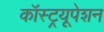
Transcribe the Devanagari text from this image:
कॉस्ट्रयूपेशन